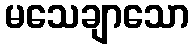
မသေချာသော